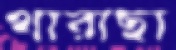
থারাছা